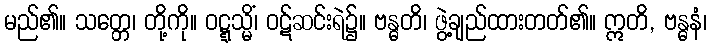
မည်၏။ သတ္တေ၊ တို့ကို။ ဝဋ္ဋသ္မိံ၊ ဝဋ်ဆင်းရဲ၌။ ဗန္ဓတိ၊ ဖွဲ့ချည်ထားတတ်၏။ ဣတိ, ဗန္ဓနံ၊